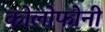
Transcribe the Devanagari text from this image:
कोलोफोनी